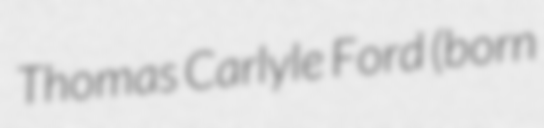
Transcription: Thomas Carlyle Ford (born